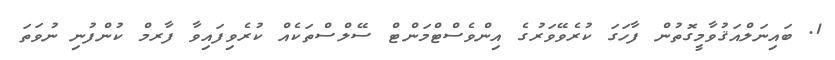
1. ބައިނަލްއަޤުވާމީގޮތުން ފާހަގަ ކުރެވޭވަރުގެ އިންވެސްޓްމަންޓް ސޭލްސްތަކެއް ކުރެވިފައިވާ ފާރމް ކުންފުނި ނުވަތަ